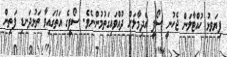
ފިޔަވޅު ހުއްޓާލަން ޖެހުނީ ސޯފީ އެދިމާލަށް ދުއްވައިގަތުމުންނެވެ. ސޯފީގެ އަތުގައިވާ ތަޅުދަނޑި ފަތިން